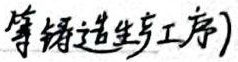
等铸造生产工序)